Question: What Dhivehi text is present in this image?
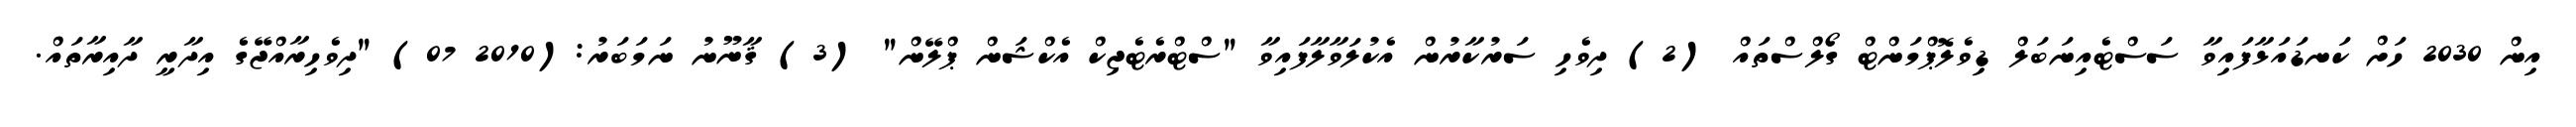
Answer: އިން 2030 ހަށް ކަނޑައަޅާފައިވާ ސަސްޓެއިނަބަލް ޑިވެލޮޕްމަންޓް ގޯލްސްތައް (2) ދިވެހި ސަރުކާރުން އެކުލަވާލާފައިވާ "ސްޓްރެޓެޖިކް އެކްޝަން ޕްލޭން" (3) ޤާނޫނު ނަމަބަރު:(2010 07) "ދިވެހިރާއްޖޭގެ އިދާރީ ދާއިރާތައް.